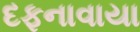
દફનાવાયા